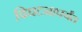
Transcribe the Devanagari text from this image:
विघटनापर्यंत